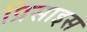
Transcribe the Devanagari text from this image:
प्रिसाइस